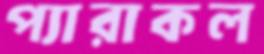
প্যারাকল